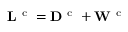
{ \bf L } ^ { \mathrm { ~ c ~ } } = { \bf D } ^ { \mathrm { ~ c ~ } } + { \bf W } ^ { \mathrm { ~ c ~ } }